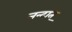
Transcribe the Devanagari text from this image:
नन्दात्